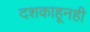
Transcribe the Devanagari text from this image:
दशकाहूनही